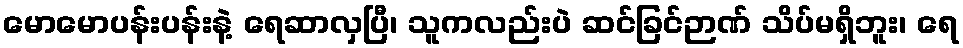
မောမောပန်းပန်းနဲ့ ရေဆာလှပြီ၊ သူကလည်းပဲ ဆင်ခြင်ဉာဏ် သိပ်မရှိဘူး၊ ရေ